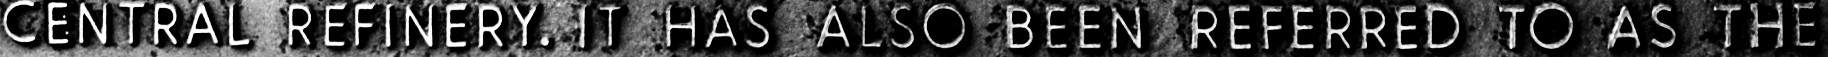
CENTRAL REFINERY. IT HAS ALSO BEEN REFERRED TO AS THE